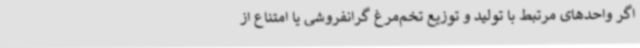
اگر واحدهای مرتبط با تولید و توزیع تخم‌مرغ گرانفروشی یا امتناع از